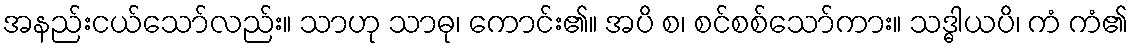
အနည်းငယ်သော်လည်း။ သာဟု သာဓု၊ ကောင်း၏။ အပိ စ၊ စင်စစ်သော်ကား။ သဒ္ဓါယပိ၊ ကံ ကံ၏